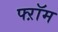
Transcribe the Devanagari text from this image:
फ्ऱॉम